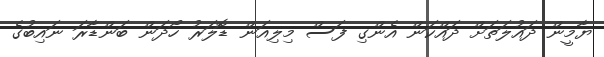
ޔާމީން ދައުލަތަށް ދައްކަން އެންގި ފަސް މިލިއަން ޑޮލަރު ހޯދަން ބަންޑާރަ ނައިބުގެ